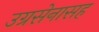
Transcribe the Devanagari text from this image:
उग्रसेनासह